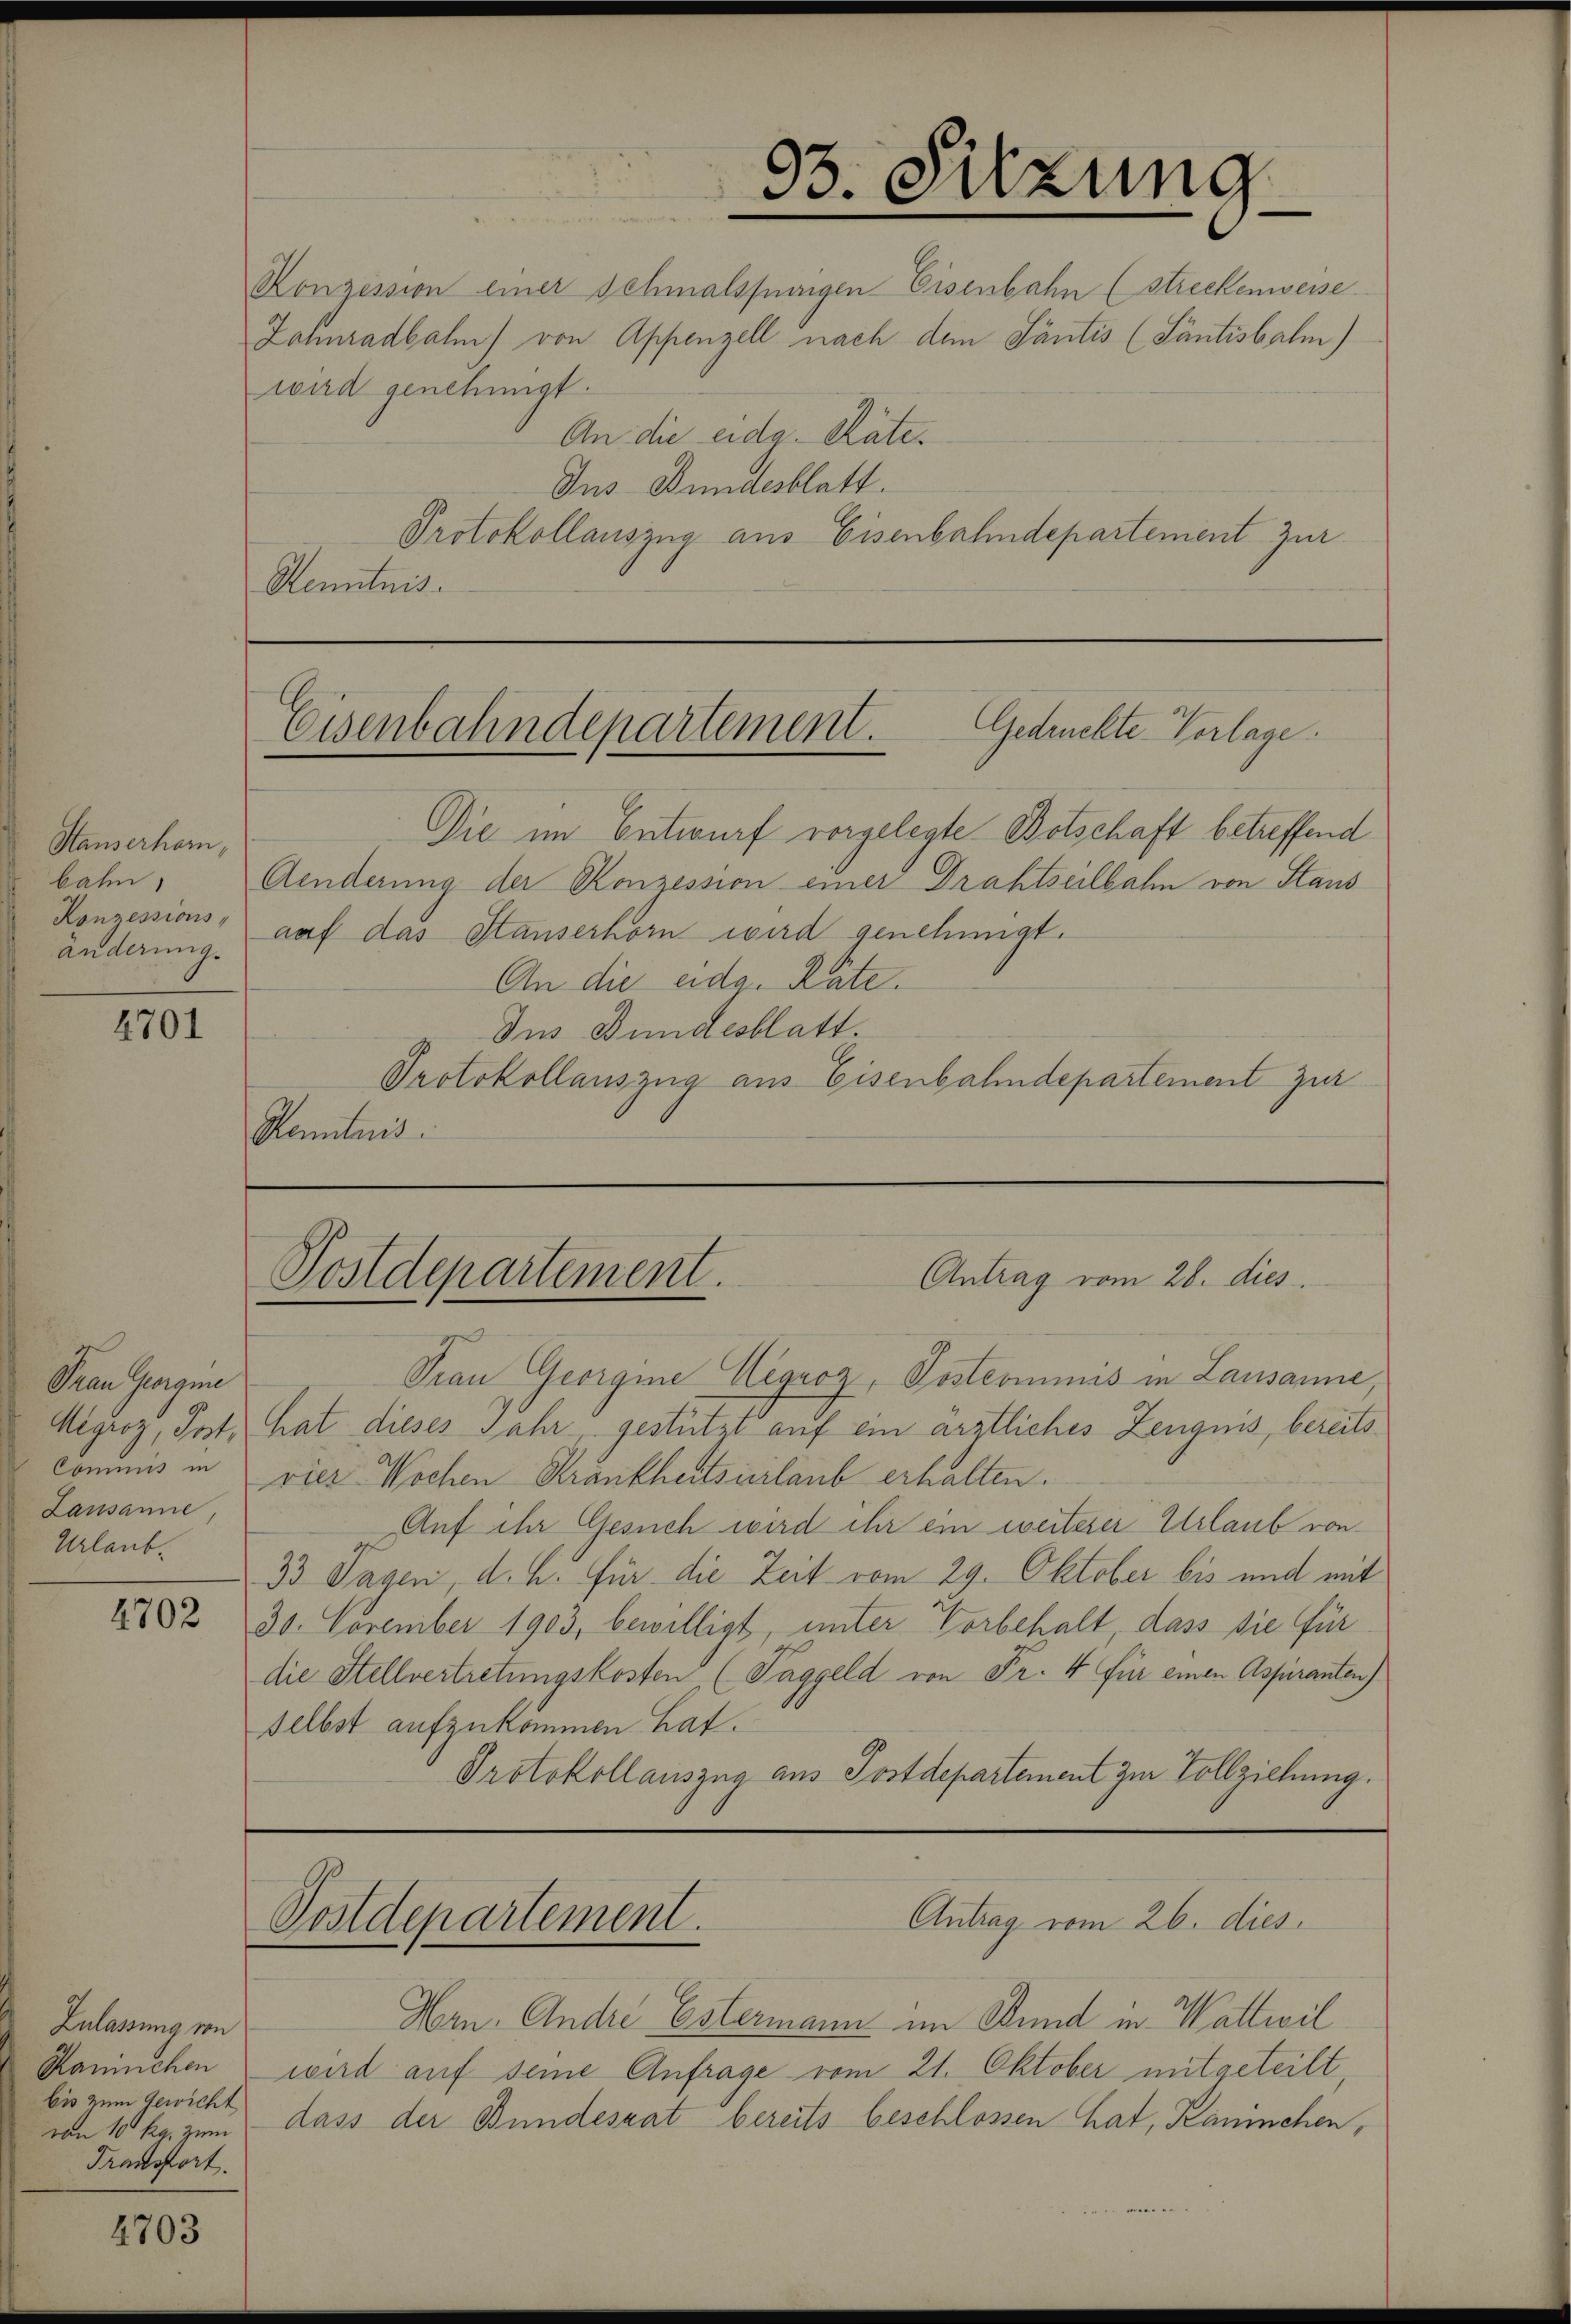
Htauserhorn,
bahn,
änderung.

4701

Frau Georgin
Lausanne
Urlaub.

4702

Zulassung von
bis zum Gewicht
von 10 pg. zum
Transtort

4703

Konzession einer Schmalsprungen Eisenbahn (streckenwesse
Johnradbahn von Appenzell nach dem Santis (Santisbalm)
wird genehmigt.
An die eidg. Räter
Ins Bundesblatt.
Protokollauszug aus Eisenbahndepartement zur
Kenntnis.

33. Sitzung

Gedrückte Verlage.
Eisenbahndepartement.

Die im Entwurf vorgelegte Botschaft betreffend
Aenderung der Konzession einer Drahtseilbahn von Staus
Konzessions, auf das Stauserhörn wird genehmigt.
An die eidg. Räte.
Dus Bundesblatt.
Protokollauszug aus Eisenbahndepartement zur
Kamtind

Antrag vom 26. dies
Postdepartement.

Hrn. Andre Estermann im Bund in Wattwil
Kaninchen wird auf seine Anfrage vom 21. Oktober mitgeteilt,
dass der Bundesrat bereits beschlossen hat, Kaminchen,

Frau Georgine Wegroz, Postcommis in Lausanne,
Migroz, Post hat dieses Jahr gestützt auf ein ärztliches Zeugnis, bereits¬
Commis in vier Wochen Krankheitsurlaub erhalten.
Auf ihr Gesuch wird ihr ein weiterer Urlaub von
33 Tagen, d. h. für die Zeit vom 29. Oktober bis und mit
30. November 1903, bewilligt, unter Vorbehalt, dass sie für
die Stellvertretungskosten (Taggeld von Fr. 4 für einen Aspiranten)
selbst aufzukommen hat.
Protokollauszug aus Postdepartement zur Vollziehung.

Postdepartement.

Antrag vom 26. dies